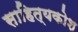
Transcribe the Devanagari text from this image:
साहित्यकोश